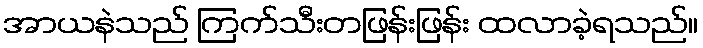
အာယနဲသည် ကြက်သီးတဖြန်းဖြန်း ထလာခဲ့ရသည်။